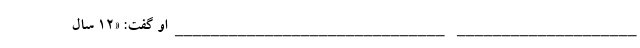
____________________ ______________________________ او گفت: «۱۲ سال